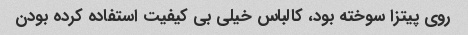
روی پیتزا سوخته بود، کالباس خیلی بی کیفیت استفاده کرده بودن